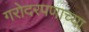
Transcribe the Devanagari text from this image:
गरोदरपणाच्या